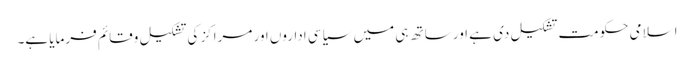
اسلامی حکومت تشکیل دی ہے اور ساتھ ہی میں سیاسی اداروں اور مراکز کی تشکیل وقائم فرمایا ہے۔